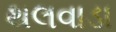
થલવાડા